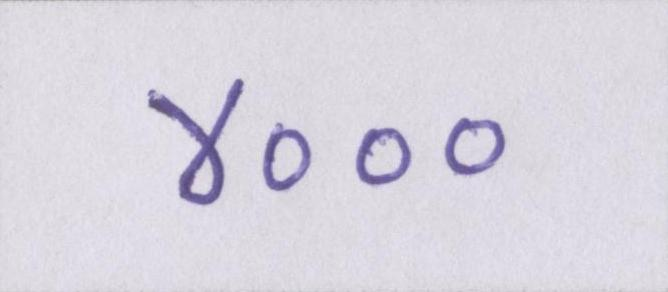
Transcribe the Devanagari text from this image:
४०००